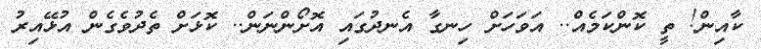
ކާއިން! ތީ ކޮންކަމެއް.. އަވަހަށް ހިނގާ އެނދުގައި އޮށޯންނަން.. ކޮޅަށް ތެދުވެގެން އުޅޭއިރު